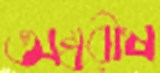
অম্বরীষ